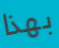
بهذا